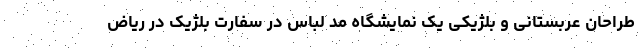
طراحان عربستانی و بلژیکی یک نمایشگاه مد لباس در سفارت بلژیک در ریاض